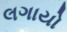
લગાયો